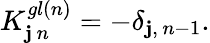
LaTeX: K_{\mathbf{j}\, n}^{gl(n)}=-\delta_{\mathbf{j},\, n-1}.